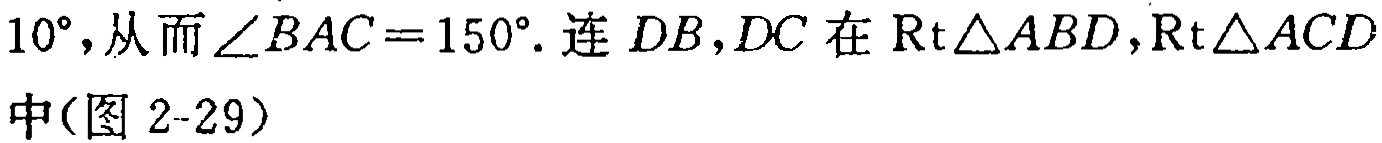
$10^{\circ}, 从而\angle BAC = 150^{\circ}. 连\ DB,DC\ 在\ \mathrm{Rt}\triangle ABD,\mathrm{Rt}\triangle ACD$
中(图 2-29)